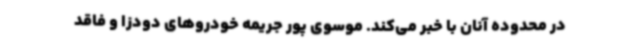
در محدوده آنان با خبر می‌کند. موسوی پور جریمه خودروهای دودزا و فاقد